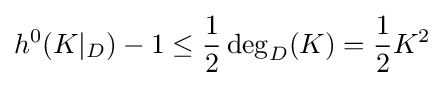
h^{0}(K|_{D})-1\leq {\frac {1}{2}}\deg _{D}(K)={\frac {1}{2}}K^{2}